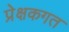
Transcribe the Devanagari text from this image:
प्रेक्षकगत